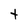
Character: t